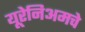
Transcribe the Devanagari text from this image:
यूरेनिअमचे